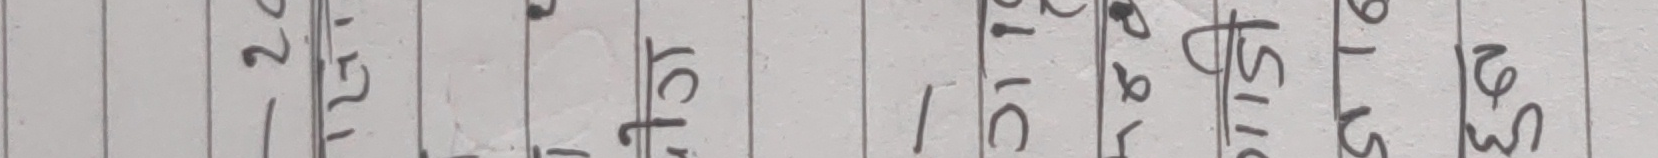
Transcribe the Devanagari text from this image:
१ २० १२ अक्टो ३१ ५ ९ सि १५ २ से २३